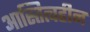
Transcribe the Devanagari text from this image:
आस्तित्वहीन